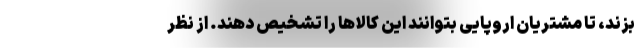
بزند، تا مشتریان اروپایی بتوانند این کالاها را تشخیص دهند. از نظر